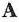
A